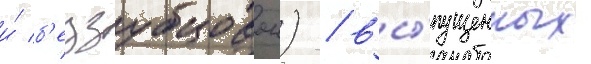
и́ б'еззубцовои) / вы́пущенных